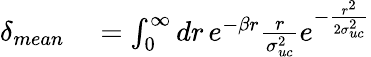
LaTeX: \begin{array}{rl}{\delta_{mean}}&{{}=\int_{0}^{\infty}dr\, e^{-\beta r}\frac{r}{\sigma_{uc}^{2}}e^{-\frac{r^{2}}{2\sigma_{uc}^{2}}}}\end{array}